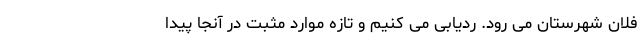
فلان شهرستان می رود. ردیابی می کنیم و تازه موارد مثبت در آنجا پیدا